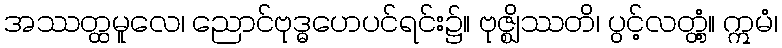
အဿတ္ထမူလေ၊ ညောင်ဗုဒ္ဓဟေပင်ရင်း၌။ ဗုဇ္ဈိဿတိ၊ ပွင့်လတ္တံ့။ ဣမံ၊